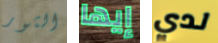
الثور إيها لدي